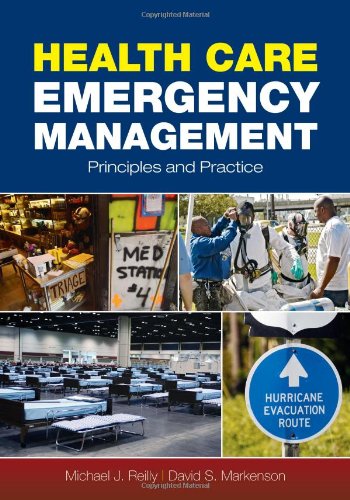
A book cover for Health Care Emergency Management: Principles and Practice; Michael J. Reilly; Medical Books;